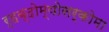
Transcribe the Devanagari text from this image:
र्हब्दोम्योसर्कोमा